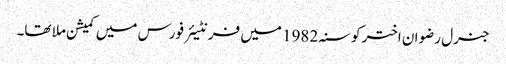
جنرل رضوان اختر کو سنہ 1982 میں فرنٹیئر فورس میں کمیشن ملا تھا۔